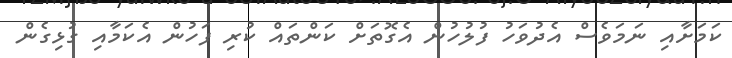
ކަމަށާއި ނަމަވެސް އެދުވަހު ފުލުހުން އެގޮތަށް ކަންތައް ކުރި ފަހުން އެކަމާއި ގުޅިގެން